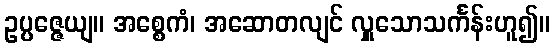
ဥပ္ပဇ္ဇေယျ။ အစ္စေကံ၊ အဆောတလျင် လှူသောသင်္ကန်းဟူ၍။